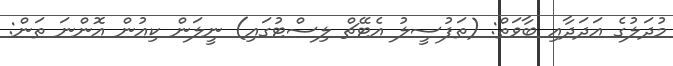
މުދަލުގެ އަދަދާއި ބާވަތް: (ތަފުސީލު އެޓޭޗް ލިސްޓުގައި) ނީލަން ކިއުން އޮންނަ ތަން: